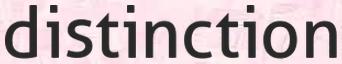
distinction